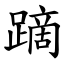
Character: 蹢